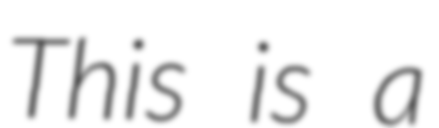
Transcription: This is a